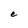
Character: e